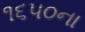
૧૬૫૦ના